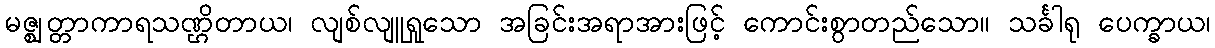
မဇ္ဈတ္တာကာရသဏ္ဌိတာယ၊ လျစ်လျူရှုသော အခြင်းအရာအားဖြင့် ကောင်းစွာတည်သော။ သင်္ခါရု ပေက္ခာယ၊